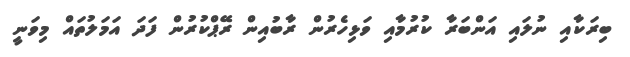
ބިރަކާއި ނުލައި އަންބަރާ ކުރުމާއި ވަޅިހެރުން ރާބުއިން ރޭޕްކުރުން ފަދަ އަމަލުތައް މިވަނީ